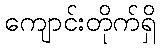
ကျောင်းတိုက်ရှိ